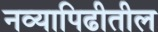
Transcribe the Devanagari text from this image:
नव्यापिढीतील